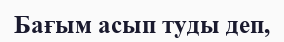
Бағым асып туды деп,